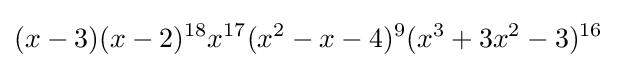
(x-3)(x-2)^{18}x^{17}(x^{2}-x-4)^{9}(x^{3}+3x^{2}-3)^{16}